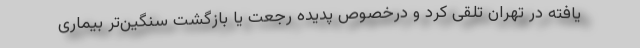
یافته در تهران تلقی کرد و درخصوص پدیده رجعت یا بازگشت سنگین‌تر بیماری